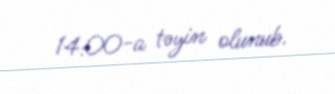
14:00-a təyin olunub.